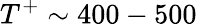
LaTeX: T^{+}\sim 400-500